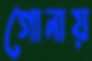
গোনায়